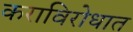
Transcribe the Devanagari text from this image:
कराविरोधात